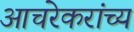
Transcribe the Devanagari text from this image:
आचरेकरांच्य